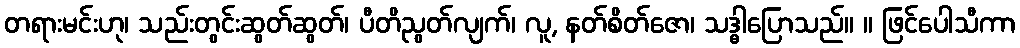
တရားမင်းဟု၊ သည်းတွင်းဆွတ်ဆွတ်၊ ပီတိညွတ်လျက်၊ လူ, နတ်စိတ်ဇော၊ သဒ္ဓါပြောသည်။ ။ ဖြင်ပေါသီကာ